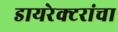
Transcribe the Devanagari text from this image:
डायरेक्टरांचा